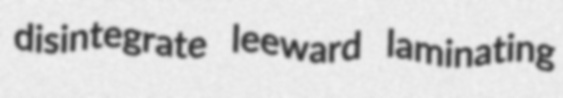
disintegrate leeward laminating